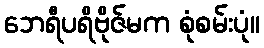
ဘေရီပရိဗိုဇ်မက စုံစမ်းပုံ။